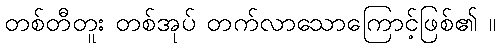
တစ်တီတူး တစ်အုပ် တက်လာသောကြောင့်ဖြစ်၏ ။